Statistics compiled by the Government of India from the reports of provincial Civil Veterinary Departments
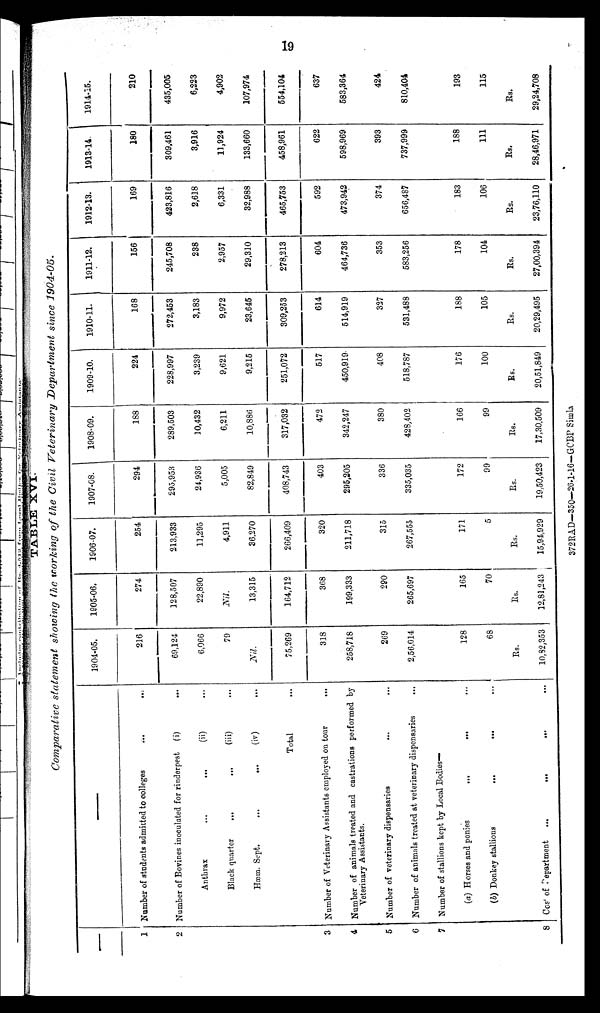
19
TABLE XVI.
Comparative statement showing the working of the Civil Veterinary Department since 1904-05.
—
1
2
3
4
5
6
7
8
—
Number of students admitted to colleges ... ...
Number of Bovines inoculated for rinderpest (i)
...
Anthrax
...
...
(ii) ...
Black quarter
...
...
(iii)
...
Hæin. Sept.
...
...
(iv) ...
Total ...
Number of Veterinary Assistants employed on tour
...
Number of animals treated and castrations performed by
Veterinary Assistants.
Number of veterinary dispensaries ... ...
Number of animals treated at veterinary dispensaries ...
Number of stallions kept by Local Bodies—
(a) Horses and ponies
...
... ...
(b) Donkey stallions
...
... ...
Cost of Department ...
...
... ...
1904-05.
216
69,124
6,066
79
Nil..
75,269
318
258,718
269
2,56,014
128
68
Rs.
10,82,353
1905-06.
274
128,507
22,890
Nil.
13,315
164,712
368
199,333
290
265,697
165
70
Rs.
12,81,243
1906-07.
254
213,933
11,295
4,911
36,270
266,409
320
211,718
315
267,555
171
5
Rs.
15,94,929
1907-08.
294
295,953
24,936
5,005
82,849
408,743
403
295,205
336
335,035
172
99
Rs.
19,50,423
1908-09.
188
289,503
10,432
6,211
10,886
317,032
472
342,247
380
428,402
166
99
Rs.
17,30.509
1909-10.
224
228,997
3,239
9,621
9,215
251,072
517
450,919
408
518,787
176
100
Rs.
20,51,849
1910-11.
168
272,453
3,183
9,972
23,645
309,253
614
514,919
327
531,488
188
105
Rs.
20,29,495
1911-12.
156
245,708
238
2,957
29,310
278,213
604
464,736
353
583,256
178
104
Rs.
27,00,394
1912-13.
169
423,816
2,618
6,331
32,988
465,753
592
473,942
374
656,487
183
106
Rs.
23,76,110
1913-14.
180
309,461
3,916
11,924
133,660
458,961
622
598,969
393
737,999
188
111
Rs.
28,46,971
1914-15.
210
435,005
6,223
4,902
107,974
554,104
637
583,364
424
810,404
193
115
Rs.
29,24,708
372RAD-350—26-1-16-GCBP Simla